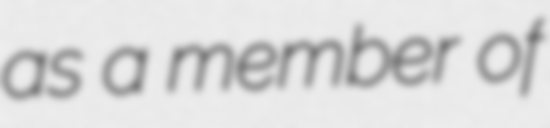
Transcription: as a member of